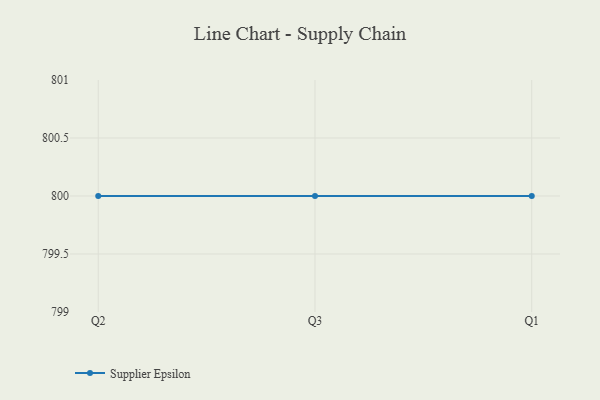
{"axis": {"x": "Quarter", "y": "Shipments"}, "legend": ["Supplier Epsilon"], "data": [{"x": "Q2", "y": 800, "type": "Supplier Epsilon"}, {"x": "Q3", "y": 800, "type": "Supplier Epsilon"}, {"x": "Q1", "y": 800, "type": "Supplier Epsilon"}]}